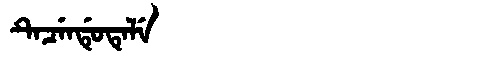
Manchu: ᡨᡝᠴᡝᠨᡩᡠᡨᡝᠯᡝ
Romanization: TECENDUTELE